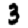
Digit: 3